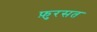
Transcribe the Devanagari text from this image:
फ़ुरसत